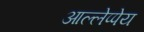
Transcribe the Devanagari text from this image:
आल्लेप्पेय